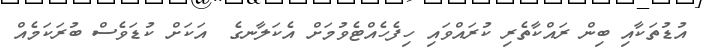
އުޑުތަކާއި ބިން ރައްކާތެރި ކުރައްވައި ހިފެހެއްޓެވުމަށް އެކަލާނގެ  އަކަށް ކުޑަވެސް ބުރަކަމެއް